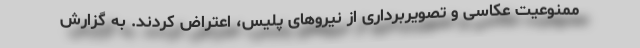
ممنوعیت عکاسی و تصویربرداری از نیروهای پلیس، اعتراض کردند. به گزارش